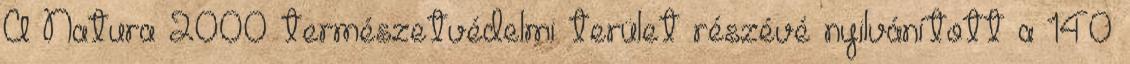
A Natura 2000 természetvédelmi terület részévé nyilvánított a 140